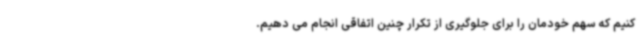
کنیم که سهم خودمان را برای جلوگیری از تکرار چنین اتفاقی انجام می دهیم.